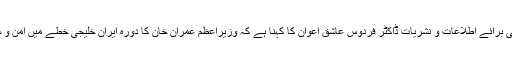
وزیر اعظم کی معاون خصوصی برائے اطلاعات و نشریات ڈاکٹر فردوس عاشق اعوان کا کہنا ہے کہ وزیراعظم عمران خان کا دورہ ایران خلیجی خطے میں امن و سلامتی کا پیش خیمہ ثابت ہوگا۔